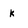
Character: k